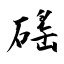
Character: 磘